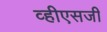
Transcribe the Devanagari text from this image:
व्हीएसजी